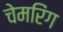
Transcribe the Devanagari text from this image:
चेमरिंग